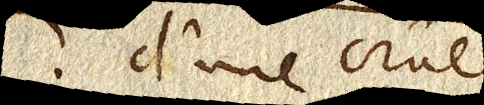
2. d’une crue